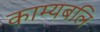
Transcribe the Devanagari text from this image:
काम्यबलि